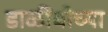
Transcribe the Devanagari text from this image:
डाळींबीच्या